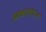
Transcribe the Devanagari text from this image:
आचारसंपन्‍न